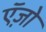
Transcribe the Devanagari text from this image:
ऍज़ो